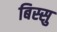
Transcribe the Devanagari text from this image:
बिस्सु